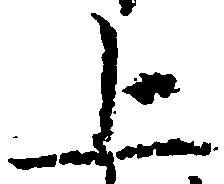
上